Civil Veterinary Department. Central Provinces & Berar 1925-31 - 1925-1931
Year: 1925
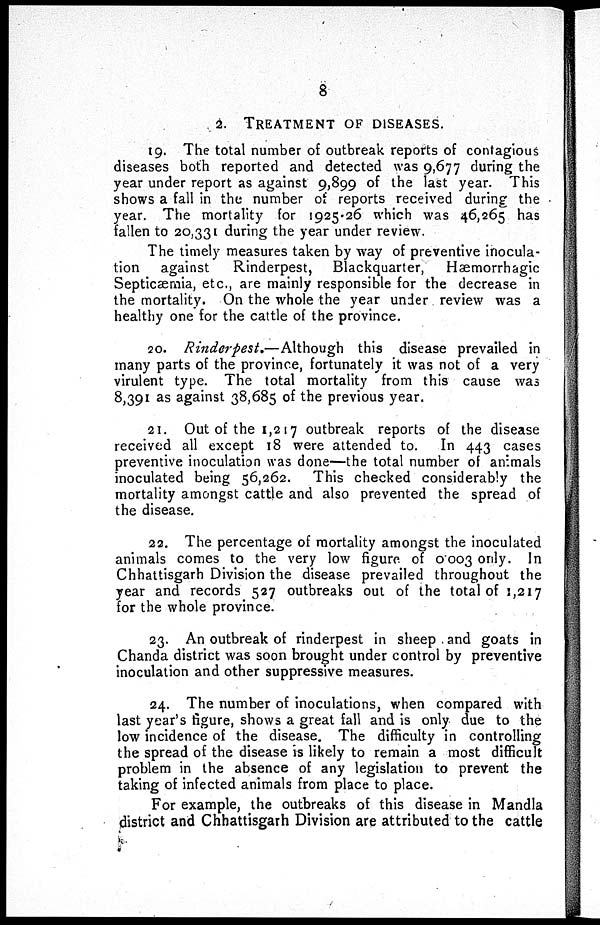
8
2. TREATMENT OF DISEASES.
19. The total number of outbreak reports of contagious
diseases both reported and detected was 9,677 during the
year under report as against 9,899 of the last year. This
shows a fall in the number of reports received during the
year. The mortality for 1925-26 which was 46,265 has
fallen to 20,331 during the year under review.
The timely measures taken by way of preventive inocula-
tion against
Rinderpest, Blackquarter,
Hæmorrhagic
Septicæmia, etc., are mainly responsible for the decrease in
the mortality. On the whole the year under review was a
healthy one for the cattle of the province.
20. Rinderpest,—Although this disease prevailed in
many parts of the province, fortunately it was not of a very
virulent type. The total mortality from this cause was
8,391 as against 38,685 of the previous year.
21. Out of the 1,217 outbreak reports of the disease
received all except 18 were attended to. In 443 cases
preventive inoculation was done—the total number of animals
inoculated being 56,262. This checked considerably the
mortality amongst cattle and also prevented the spread of
the disease.
22. The percentage of mortality amongst the inoculated
animals comes to the very low figure of 0003 only. In
Chhattisgarh Division the disease prevailed throughout the
year and records 527 outbreaks out of the total of 1,217
for the whole province.
23. An outbreak of rinderpest in sheep and goats in
Chanda district was soon brought under control by preventive
inoculation and other suppressive measures.
24. The number of inoculations, when compared with
last year's figure, shows a great fall and is only due to the
low incidence of the disease. The difficulty in controlling
the spread of the disease is likely to remain a most difficult
problem in the absence of any legislation to prevent the
taking of infected animals from place to place.
For example, the outbreaks of this disease in Mandla
district and Chhattisgarh Division are attributed to the cattle